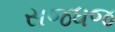
સજધજ